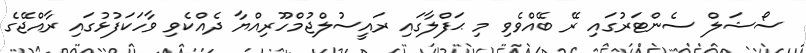
ސޯޝަލް ސެންޓަރުގައި ރޭ ބޭއްވެވި މި ޙަފްލާގައި ރައީސުލްޖުމްހޫރިއްޔާ ދެއްކެވި ވާހަކަފުޅުގައި ރާއްޖޭގެ